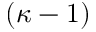
( \kappa - 1 )